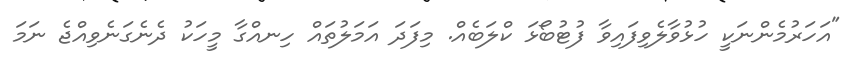
"އަހަރުމެންނަކީ ހުޅުވާލެވިފައިވާ ފުޓުބޯޅަ ކްލަބެއް. މިފަދަ އަމަލުތައް ހިނއްގާ މީހަކު ދެނެގަނެވިއްޖެ ނަމަ